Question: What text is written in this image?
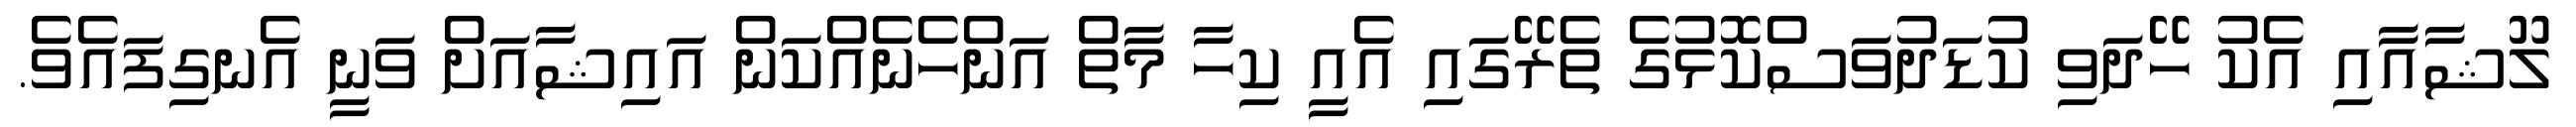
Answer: ލޫޝާއާއި އެކު ހޭދަވި ކުޑަދުވަސްކޮޅުގެ ތެރޭގައި އެއީ ކިހާ މާތް އަންހެނެއްކަން އައިޝާއަށް ވަނީ އެނގިފައެވެ.